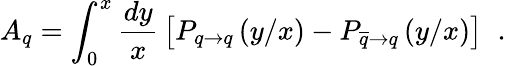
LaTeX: A_{q}=\int_{0}^{x}{\frac{dy}{x}}\left\lbrack P_{q\rightarrow q}\left({y/x}\right)-P_{\overline{{q}}\rightarrow q}\left({y/x}\right)\right\rbrack\; \; .